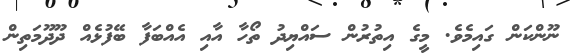
ނޫންކަން ގައިމެވެ. މީގެ އިތުރުން ސައްޔިދު ތޯހާ އާއި އެއްބަފާ ބޭފުޅެއް ދޫދޫމަތިން